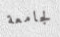
لجامعة